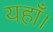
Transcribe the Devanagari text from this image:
यहाँ।